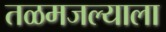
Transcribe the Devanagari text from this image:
तळमजल्याला